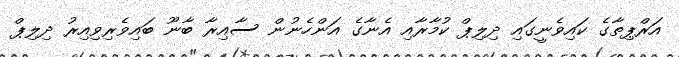
އަރްޕިތާގެ ކައިވެނީގައި ދިލިޕް ކުމާރާއި އެނާގެ އަންހެނުން ސާއިރާ ބާނޫ ބައިވެރިވިއިރު ދިލިޕް